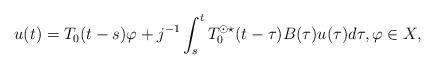
LaTeX: \begin{align*} u(t) = T_0(t-s)\varphi + j^{-1}\int_s^t T_0^{\odot \star}(t-\tau) B(\tau)u(\tau) d\tau, \varphi \in X,\end{align*}